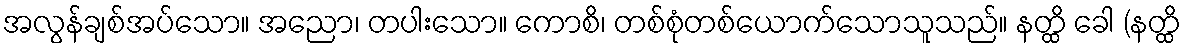
အလွန်ချစ်အပ်သော။ အညော၊ တပါးသော။ ကောစိ၊ တစ်စုံတစ်ယောက်သောသူသည်။ နတ္ထိ ခေါ (နတ္ထိ